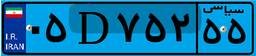
۰۵D۲۸۳۹۱